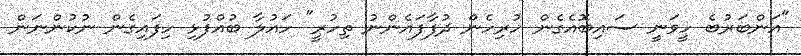
"އަންބަރުބެ ހީވަނީ ސައިބޮއެގެން ހުރިހެން ދުފާފައެންނު ތިހުރީ" ހައުލާ ބުއްފުޅި ހިފައިގެން ނުކުންނަން